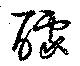
醵